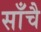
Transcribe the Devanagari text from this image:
साँचै